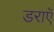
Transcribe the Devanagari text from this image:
डराएॅ